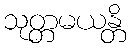
သုတ္တမယန္တိ